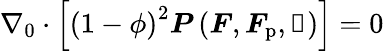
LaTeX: \nabla_{0}\cdot\left[\left(1-\phi\right)^{2}\boldsymbol{P}\left(\boldsymbol{F},\boldsymbol{F}_{\mathrm{p}},\boldsymbol{\upalpha}\right)\right]=0